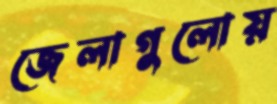
জেলাগুলোয়